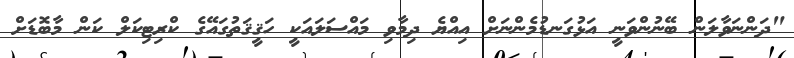
"ދަންނަވާލަން ބޭނުންވަނީ އަޅުގަނޑުމެންނަށް އިއްޔެ ދިމާވި މައްސަލައަކީ ހަޤީޤަތުގައޭގެ ކްރިޓިކަލް ކަން މާބޮޑަށް